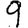
Digit: 9